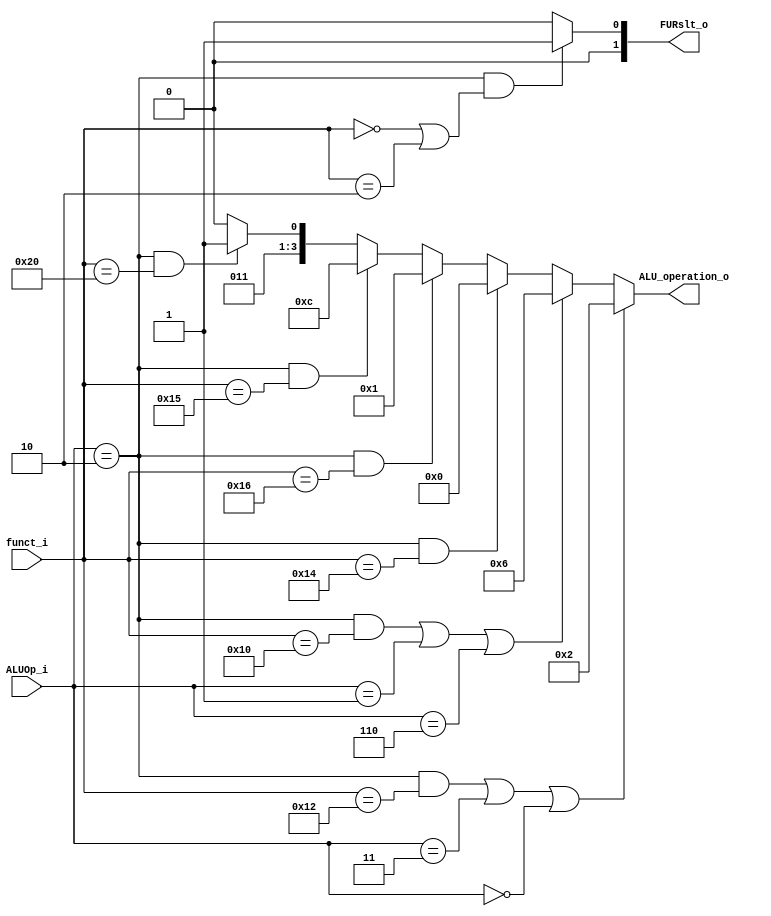
module ALU_Ctrl( funct_i, ALUOp_i, ALU_operation_o, FURslt_o );

//I/O ports 
input      [6-1:0] funct_i;
input      [3-1:0] ALUOp_i;

output     [4-1:0] ALU_operation_o;  
output     [2-1:0] FURslt_o;
     
//Internal Signals
wire		[4-1:0] ALU_operation_o;
wire		[2-1:0] FURslt_o;

//Main function
/*your code here*/
assign ALU_operation_o =(ALUOp_i == 3'b010 && funct_i[5:0] == 6'b010010) || ALUOp_i == 3'b011 || ALUOp_i == 3'b000 ? 4'b0010 : //add, addi, lwsw 
						(ALUOp_i == 3'b010 && funct_i[5:0] == 6'b010000) || ALUOp_i == 3'b001 || ALUOp_i == 3'b110 ? 4'b0110 : //sub
						(ALUOp_i == 3'b010 && funct_i[5:0] == 6'b010100) ? 4'b0000 : //and
        				(ALUOp_i == 3'b010 && funct_i[5:0] == 6'b010110) ? 4'b0001 : //or
						(ALUOp_i == 3'b010 && funct_i[5:0] == 6'b010101) ? 4'b1100 : //nor
						(ALUOp_i == 3'b010 && funct_i[5:0] == 6'b100000) ? 4'b0111 : //slt
						4'b0110;
assign FURslt_o =  	(ALUOp_i == 3'b010 && (funct_i == 6'b000000 || funct_i == 6'b000010)) ? 2'b01 : 2'b00 ;

endmodule